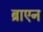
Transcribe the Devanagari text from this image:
ब्राएन